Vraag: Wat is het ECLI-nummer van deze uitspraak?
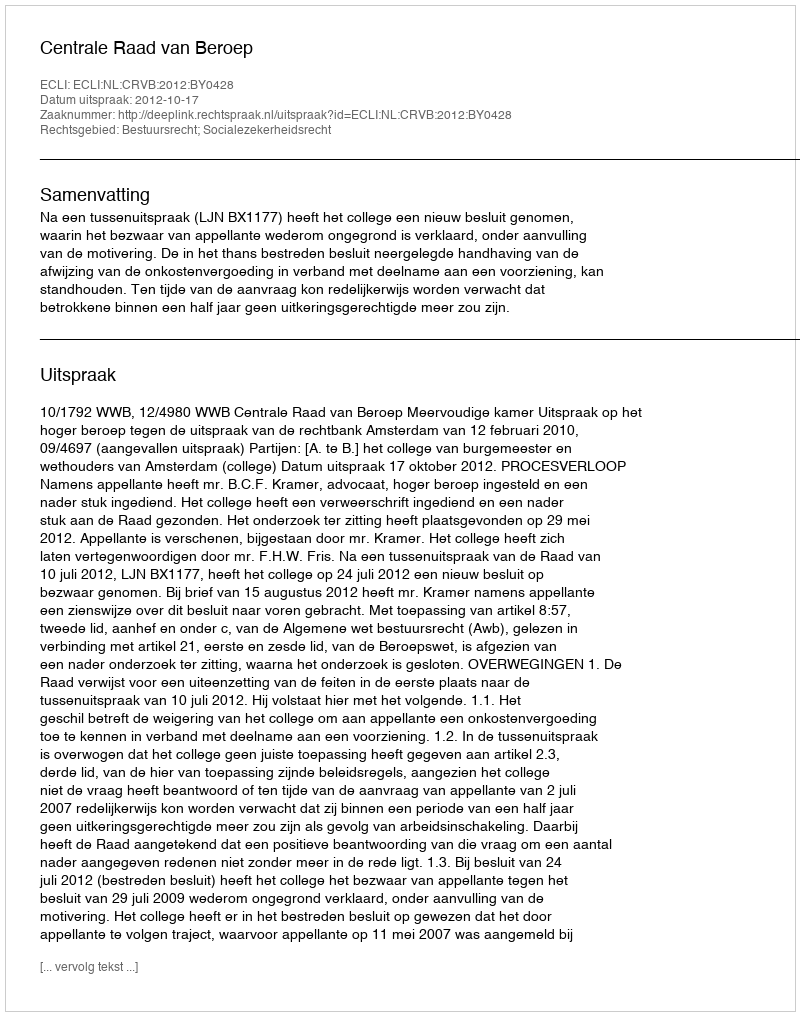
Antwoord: ECLI:NL:CRVB:2012:BY0428